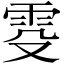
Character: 𬯹